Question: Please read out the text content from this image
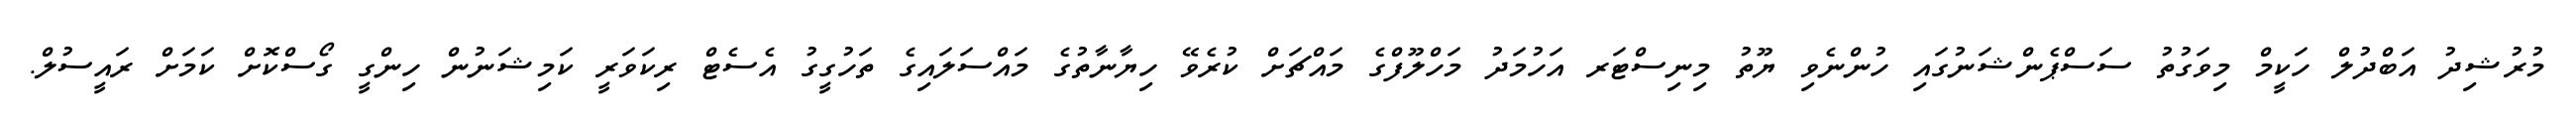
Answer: މުރުޝިދު އަބްދުލް ހަކީމް މިވަގުތު ސަސްޕެންޝަނުގައި ހުންނެވި ޔޫތު މިނިސްޓަރ އަހުމަދު މަހްލޫފްގެ މައްޗަށް ކުރެވޭ ހިޔާނާތުގެ މައްސަލައިގެ ތަހުގީގު އެސެޓް ރިކަވަރީ ކަމިޝަނުން ހިންގީ ގޯސްކޮށް ކަމަށް ރައީސުލް.